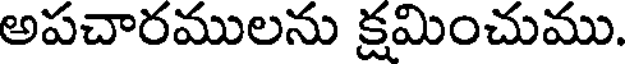
అపచారములను క్షమించుము.